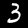
Digit: 3